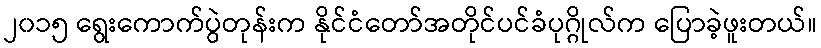
၂၀၁၅ ရွေးကောက်ပွဲတုန်းက နိုင်ငံတော်အတိုင်ပင်ခံပုဂ္ဂိုလ်က ပြောခဲ့ဖူးတယ်။